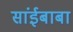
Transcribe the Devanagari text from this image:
सांईबाबा